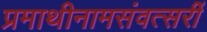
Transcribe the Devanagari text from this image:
प्रमाथीनामसंवत्सरीं